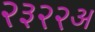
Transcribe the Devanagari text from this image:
२३२२अ